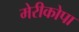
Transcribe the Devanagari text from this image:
मेरीकोपा